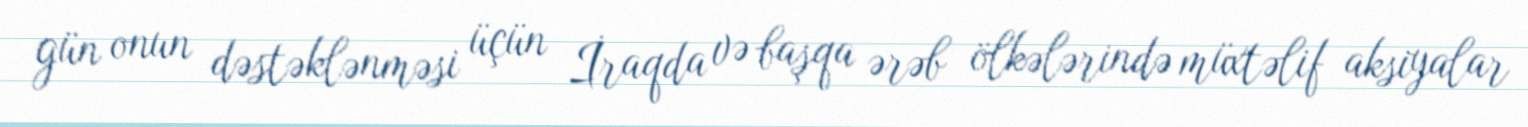
gün onun dəstəklənməsi üçün İraqda və başqa ərəb ölkələrində müxtəlif aksiyalar